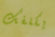
يكلفك